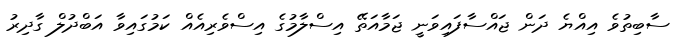
ސާބިތުވެ އިއްޔެ ދަން ޖައްސާފައިވަނީ ޖަމާއަތޭ އިސްލާމުގެ އިސްވެރިއެއް ކަމުގައިވާ އަބްދުލް ގާދިރު